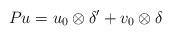
LaTeX: \begin{align*}Pu = u_0\otimes \delta' + v_0\otimes \delta \end{align*}